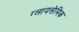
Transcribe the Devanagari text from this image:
ग्लायसेमिक